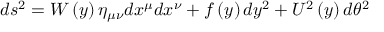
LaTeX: d s ^ { 2 } = W \left( y \right) \eta _ { \mu \nu } d x ^ { \mu } d x ^ { \nu } + f \left( y \right) d y ^ { 2 } + U ^ { 2 } \left( y \right) d \theta ^ { 2 }